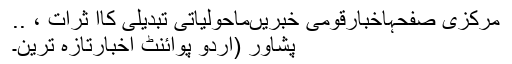
مرکزی صفحہاخبارقومی خبریںماحولیاتی تبدیلی کاا ثرات ، ..
پشاور (اُردو پوائنٹ اخبارتازہ ترین۔